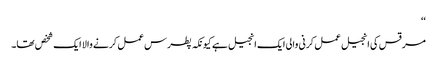
‘‘
مرقس کی انجیل عمل کرنی والی ایک انجیل ہے کیونکہ پطرس عمل کرنے والا ایک شخص تھا۔